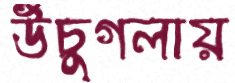
উঁচুগলায়